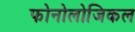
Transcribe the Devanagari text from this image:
फोनोलोजिकल